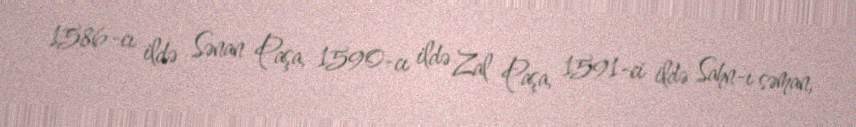
1586-cı ildə Sənan Paşa, 1590-cı ildə Zal Paşa, 1591-ci ildə Sahn-ı səman,